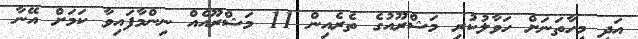
އަދި މިހާތަނަށް ހަވާލުކުރި މަޝްރޫއުގެ ތެރެއިން 11 މަޝްރޫއެއް ނިންމާފައިވާ ކަމަށް އޭނާ